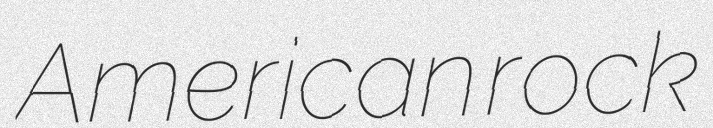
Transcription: American rock